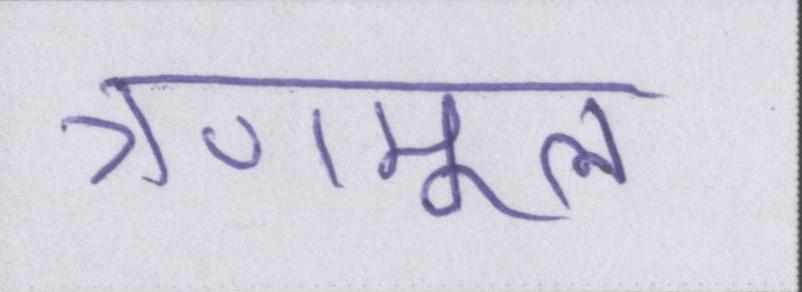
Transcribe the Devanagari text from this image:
त्रणमूल